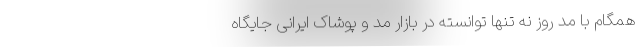
همگام با مد روز نه تنها توانسته در بازار مد و پوشاک ایرانی جایگاه